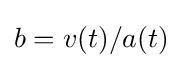
b=v(t)/a(t)